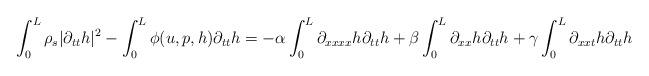
LaTeX: \begin{align*} \int_{0}^{L} \rho_s|\partial_{tt} h|^2 -\int_{0}^{L} \phi(u,p,h) \partial_{tt} h =-\alpha \int_0^L \partial_{xxxx}h \partial_{tt} h + \beta\int_0^L \partial_{xx}h \partial_{tt} h +\gamma\int_0^L \partial_{xxt}h \partial_{tt} h \end{align*}